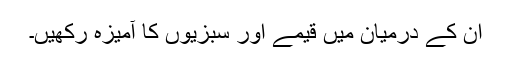
ان کے درمیان میں قیمے اور سبزیوں کا آمیزہ رکھیں۔